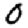
Digit: 0